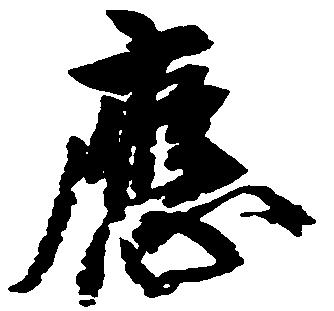
応